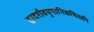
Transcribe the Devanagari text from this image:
द्वादशैवयुगानिकथितानि